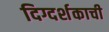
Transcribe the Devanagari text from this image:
दिग्दर्शकाची